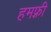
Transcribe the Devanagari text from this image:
हमफ़्री